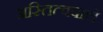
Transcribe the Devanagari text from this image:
अस्तित्ववाले